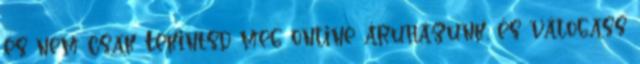
és nem csak Tekintsd meg online áruházunk, és válogass